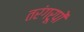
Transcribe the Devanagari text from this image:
तरंगरूपों